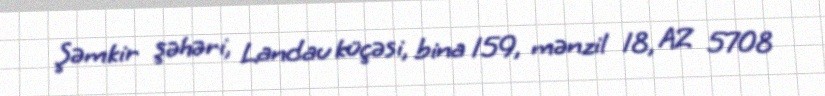
Şəmkir şəhəri, Landau küçəsi, bina 159, mənzil 18, AZ 5708